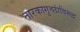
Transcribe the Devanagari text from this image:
तारकागुच्छांविरुद्ध